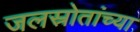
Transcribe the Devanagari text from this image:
जलस्रोतांच्या